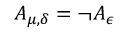
A _ { \mu , \delta } = \neg A _ { \epsilon }